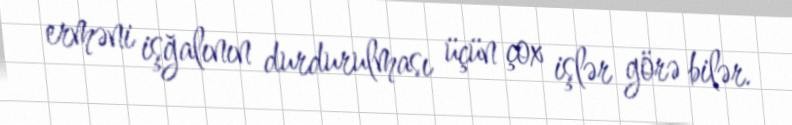
erməni işğalının durdurulması üçün çox işlər görə bilər.